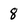
Character: 8